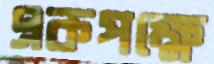
একপক্ষে